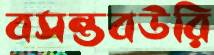
বসন্তবউরি